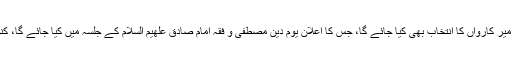
کاظم حسن شاہ کاظمی نے کہا کہ کنونشن میں نئے سال کیلئے میر کارواں کا انتخاب بھی کیا جائے گا، جس کا اعلان یوم دین مصطفیٰ و فقہ امام صادق علھیم السلام کے جلسہ میں کیا جائے گا، کنونشن میں سندھ بھر سے کارکنان و ذمہ داران شرکت کرینگے۔